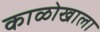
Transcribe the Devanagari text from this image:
काळोखाला